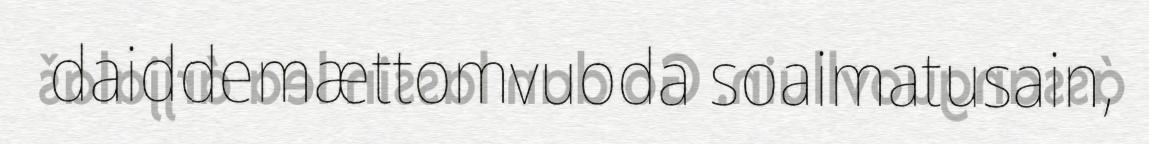
daiddemættomvuoda soaimatusain,